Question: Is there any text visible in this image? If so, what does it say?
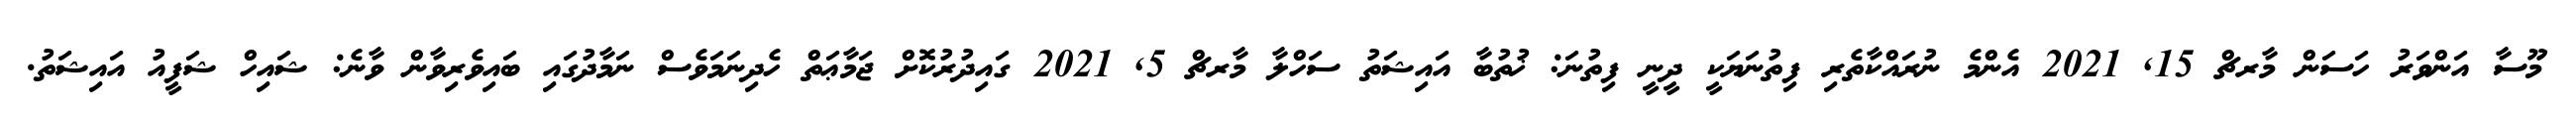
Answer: މޫސާ އަންވަރު ހަސަން މާރޗް 15, 2021 އެންމެ ނުރައްކާތެރި ފިތުނަޔަކީ ދީނީ ފިތުނަ: ޚުތުބާ އައިޝަތު ސަހްލާ މާރޗް 5, 2021 ގައިދުރުކޮށް ޖަމާޢަތް ހެދިނަމަވެސް ނަމާދުގައި ބައިވެރިވާން ވާނެ: ޝައިހް ޝަފީއު އައިޝަތު.